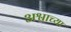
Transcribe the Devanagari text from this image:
अश्वाच्या